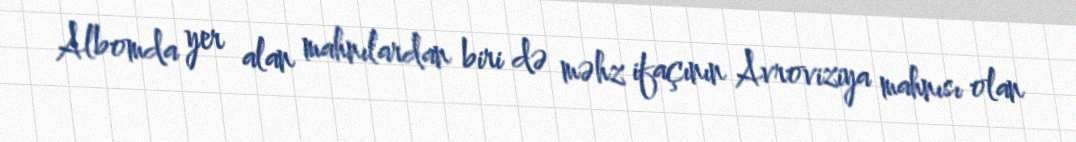
Albomda yer alan mahnılardan biri də məhz ifaçının Avroviziya mahnısı olan